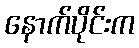
နောက်ပိုင်းက